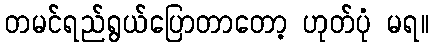
တမင်ရည်ရွယ်ပြောတာတော့ ဟုတ်ပုံ မရ။